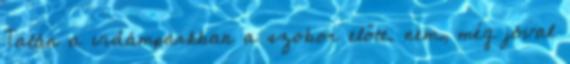
Talán a vidámparkban a szobor előtt. nem, még jóval